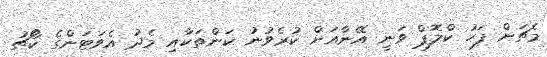
މެޗަށް ފަހު ކްލޮޕް ވަނީ އޭނާއަށް ކުރެވުނު ކަންތަކާއި މެދު އެވަޓަންގެ ކޯޗު